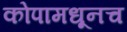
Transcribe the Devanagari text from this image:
कोपामधूनच